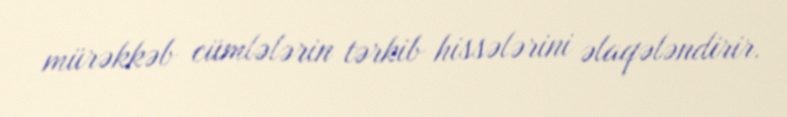
mürəkkəb cümlələrin tərkib hissələrini əlaqələndirir.